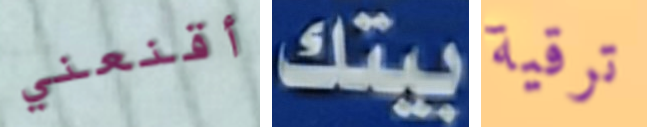
أقنعني بيتك ترقية